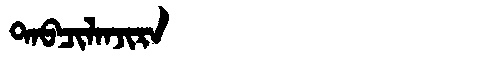
Manchu: ᡨᠠᠪᠴᡳᠯᠠᠨᠵᡳᡵᠠ
Romanization: TABCILANJIRA